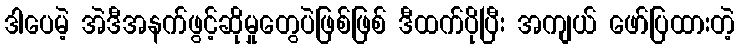
ဒါပေမဲ့ အဲဒီအနက်ဖွင့်ဆိုမှုတွေပဲဖြစ်ဖြစ် ဒီထက်ပိုပြီး အကျယ် ဖော်ပြထားတဲ့